Civil Veterinary Department Bihar reports 1936-40 - 1936-1940
Year: 1936
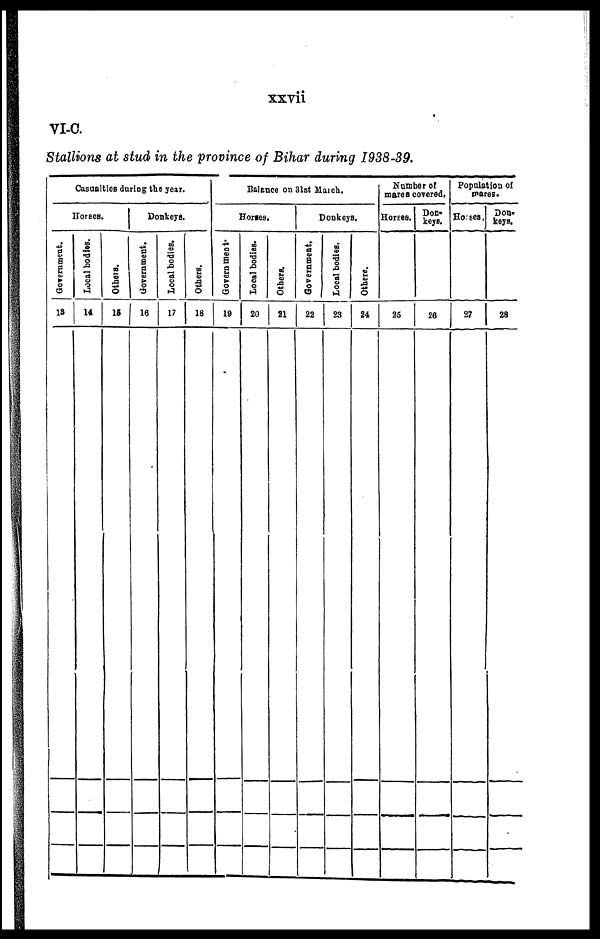
xxvii
VI-C.
Stallions at stud in the province of Bihar during 1938-39.
Casualties during the year.
Horses.
Government.
13
Local bodies.
14
Others.
15
Donkeys.
Government.
16
Local bodies.
17
Others.
18
Balance on 31st March.
Horses.
Government
19
Local bodies.
20
Others.
21
Donkeys.
Government.
22
Local bodies.
23
Others.
24
Number of
mares covered.
Hortes.
26
Don-
keys.
26
Population of
pares.
Horses.
27
Don-
keys.
28